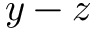
y - z